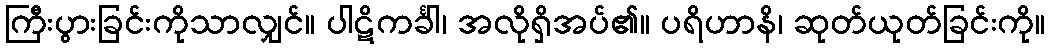
ကြီးပွားခြင်းကိုသာလျှင်။ ပါဋိကင်္ခါ၊ အလိုရှိအပ်၏။ ပရိဟာနိ၊ ဆုတ်ယုတ်ခြင်းကို။